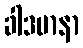
ခါဒမာနာ